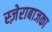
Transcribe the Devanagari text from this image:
स्ज़ेराबाजका